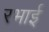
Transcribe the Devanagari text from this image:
रभाई